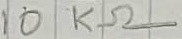
Text: 10KΩ